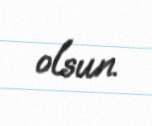
olsun.